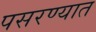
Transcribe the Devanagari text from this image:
पसरण्यात